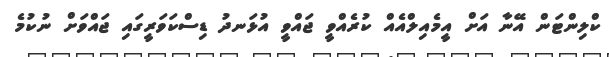
ކްލިންޓަން އޭނާ އަށް އީމެއިލްއެއް ކުރެއްވީ ޖައްވީ އުޅަނދު ޑިސްކަވަރީގައި ޖައްވަށް ނުކުމެ